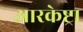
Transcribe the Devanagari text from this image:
आरकेष्ट्रा